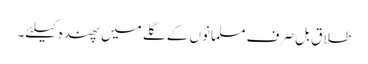
طلاق بل صرف مسلمانوں کے گلے میں پھندہ کیلئے۔